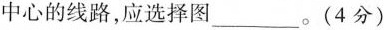
中心的线路，应选择图___。(4分)